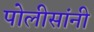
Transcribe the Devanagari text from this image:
पोलीसांनी